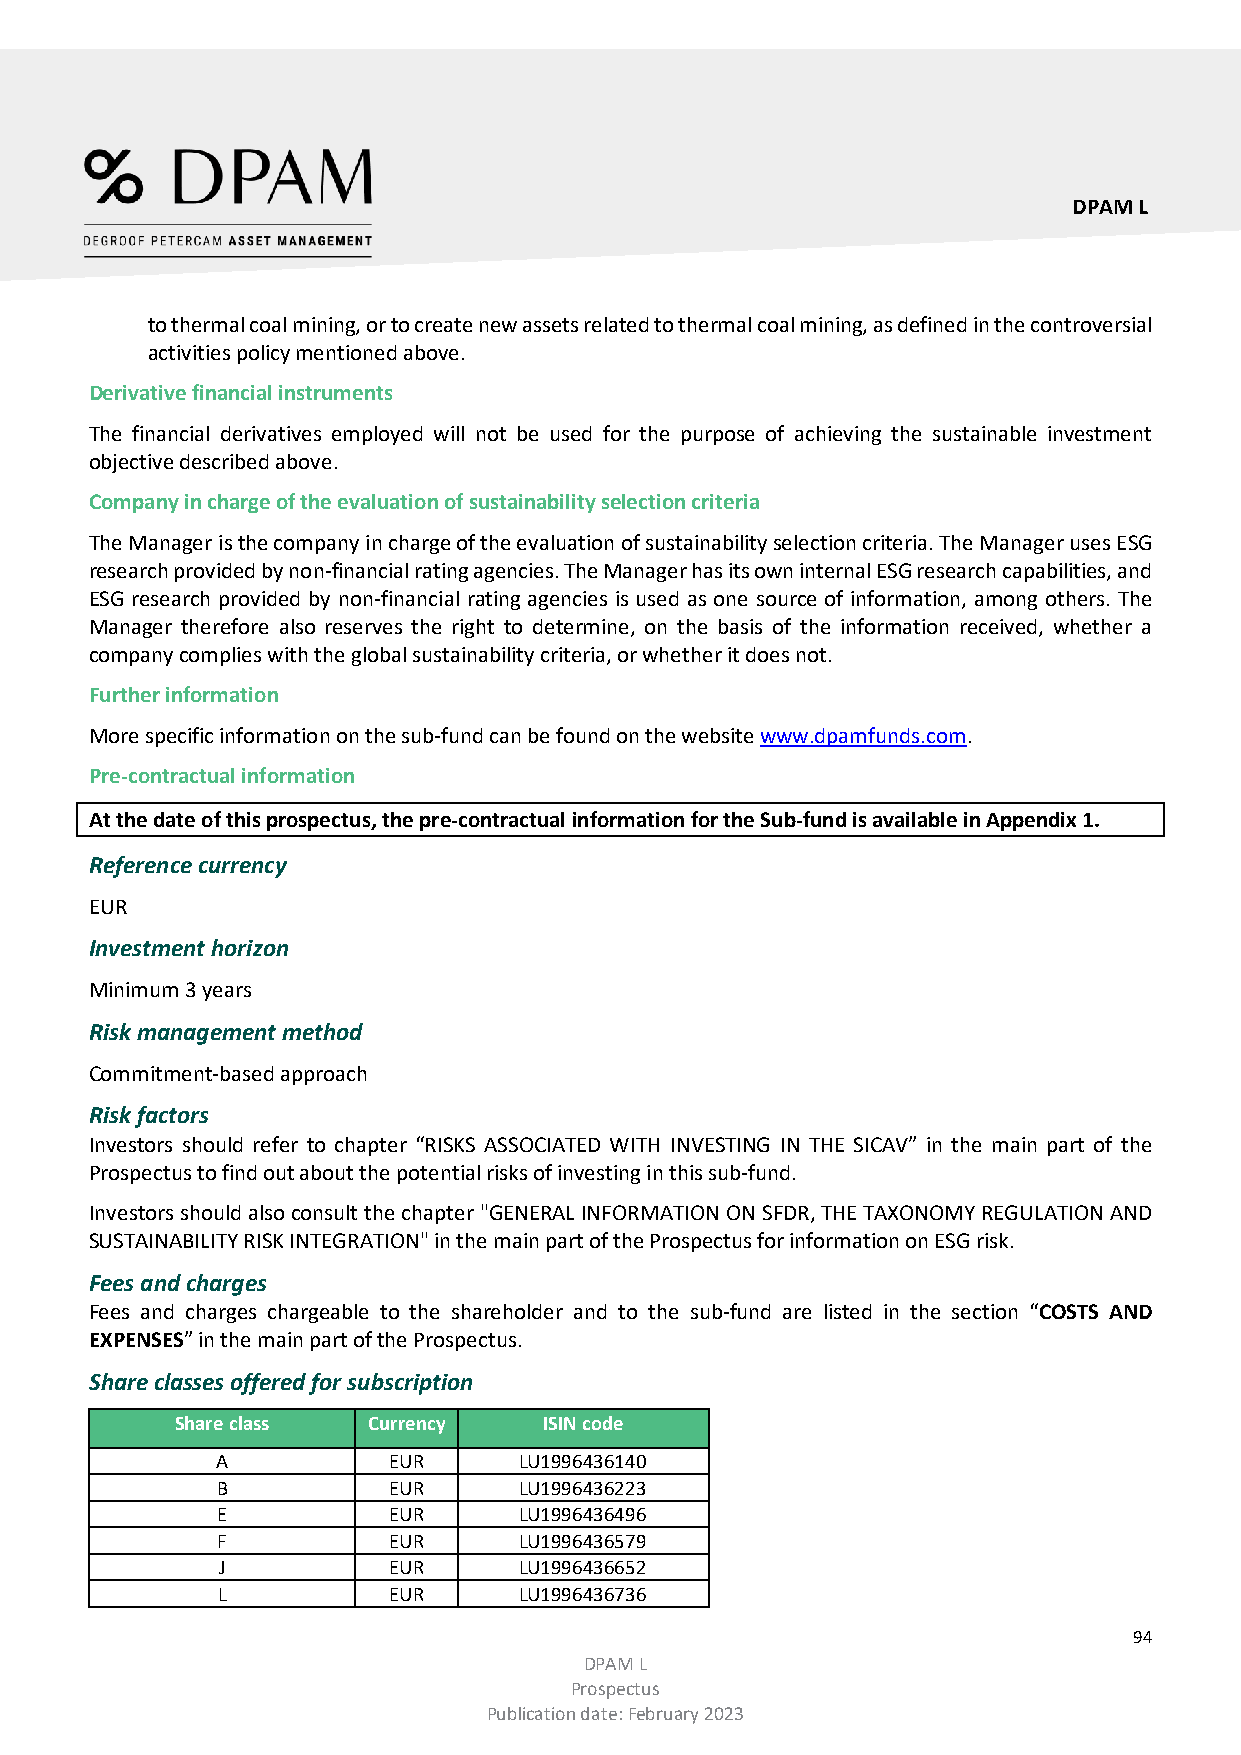
DPAM L
 to thermal coal mining, or to create new assets related to thermal coal mining, as defined in the controversial
 activities policy mentioned above.
 Derivative financial instruments
 The financial derivatives employed will not be used for the purpose of achieving the sustainable investment
 objective described above.
 Company in charge of the evaluation of sustainability selection criteria
 The Manager is the company in charge of the evaluation of sustainability selection criteria. The Manager uses ESG
 research provided by non-financial rating agencies. The Manager has its own internal ESG research capabilities, and
 ESG research provided by non-financial rating agencies is used as one source of information, among others. The
 Manager therefore also reserves the right to determine, on the basis of the information received, whether a
 company complies with the global sustainability criteria, or whether it does not.
 Further information
 More specific information on the sub-fund can be found on the website www.dpamfunds.com.
 Pre-contractual information
 At the date of this prospectus, the pre-contractual information for the Sub-fund is available in Appendix 1.
 Reference currency
 EUR
 Investment horizon
 Minimum 3 years
 Risk management method
 Commitment-based approach
 Risk factors
 Investors should refer to chapter “RISKS ASSOCIATED WITH INVESTING IN THE SICAV” in the main part of the
 Prospectus to find out about the potential risks of investing in this sub-fund.
 Investors should also consult the chapter "GENERAL INFORMATION ON SFDR, THE TAXONOMY REGULATION AND
 SUSTAINABILITY RISK INTEGRATION" in the main part of the Prospectus for information on ESG risk.
 Fees and charges
 Fees and charges chargeable to the shareholder and to the sub-fund are listed in the section “COSTS AND
 EXPENSES” in the main part of the Prospectus.
 Share classes offered for subscription
 Share class Currency    ISIN code
 A           EUR     LU1996436140
 B           EUR     LU1996436223
 E           EUR     LU1996436496
 F           EUR     LU1996436579
 J           EUR     LU1996436652
 L           EUR     LU1996436736
 94
 DPAM L
 Prospectus
 Publication date: February 2023